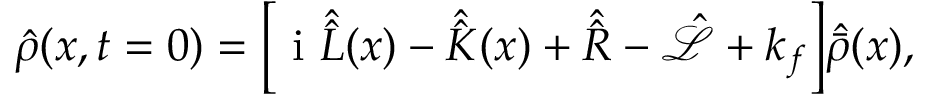
\hat { \rho } ( x , t = 0 ) = \bigg [ { \mathrm { ~ i ~ } } \hat { \hat { L } } ( x ) - \hat { \hat { K } } ( x ) + \hat { \hat { R } } - \hat { \mathcal { L } } + k _ { f } \bigg ] \hat { \Bar { \rho } } ( x ) ,